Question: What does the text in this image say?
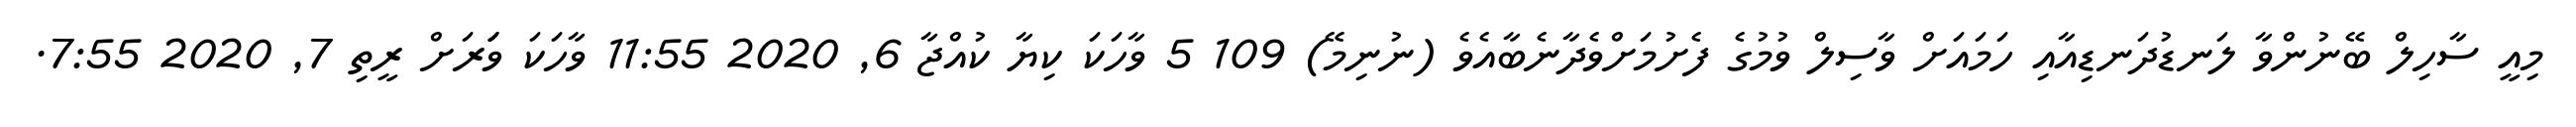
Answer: މިއީ ސާހިލް ބޭނުންވާ ލަނޑުދަނޑިއާއި ހަމައަށް ވާސިލް ވުމުގެ ފެށުމަށްވެދާނެބާއެވެ (ނުނިމޭ) 109 5 ވާހަކަ ކިޔާ ކުއްޖާ 6, 2020 11:55 ވާހަކަ ވަަަރަށް ރީތި 7, 2020 7:55.